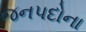
જનપદોના